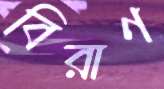
বিরাণ